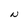
Character: N